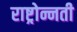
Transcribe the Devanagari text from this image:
राष्ट्रोन्नती